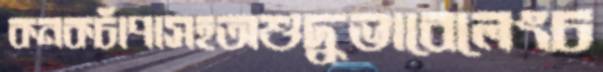
কনকচাঁপাসহঅশুদ্ধভাবেলেংচ